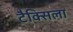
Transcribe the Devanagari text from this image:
टैक्सिला